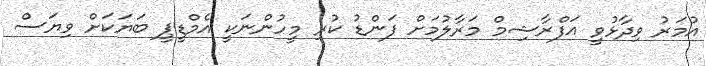
އުމަރު ވިދާޅުވީ އަފްރާޝިމް މަރާލުމަށް ފަންޑު ކުރި މީހުންނަކީ އެމްޑީޕީ ބަޔަކަށް ވިޔަސް